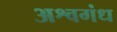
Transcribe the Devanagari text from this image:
अश्वगंध